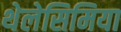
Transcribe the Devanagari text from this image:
थेलेसिमिया